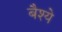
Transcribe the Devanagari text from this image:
बैश्ये